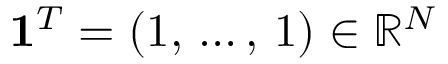
\mathbf { 1 } ^ { T } = ( 1 , \, \dots , \, 1 ) \in \mathbb { R } ^ { N }